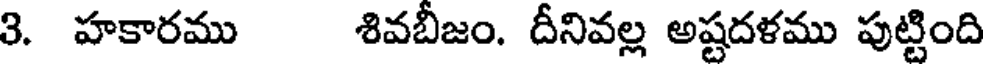
3. హకారము శివబీజం. దీనివల్ల అష్టదళము పుట్టింది